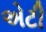
એટી